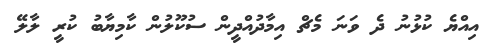
އިއްޔެ ކުޅުނު ދެ ވަނަ މެޗް އިމާދުއްދީން ސުކޫލުން ކާމިޔާބު ކުރީ ލާލޭ